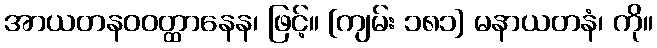
အာယတနဝဝတ္ထာနေန၊ ဖြင့်။ [ကျမ်း ၁၈၁] မနာယတနံ၊ ကို။